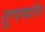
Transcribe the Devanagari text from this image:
तुपर्फान